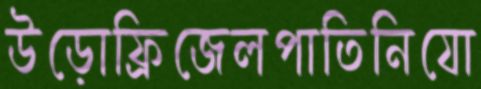
উড়োফ্রিজেলপাতিনিযো